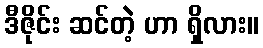
ဒီဇိုင်း ဆင်တဲ့ ဟာ ရှိလား။